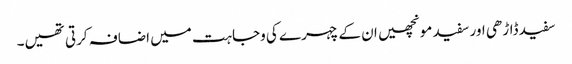
سفید ڈاڑھی اور سفید مونچھیں ان کے چہرے کی وجاہت میں اضافہ کرتی تھیں۔